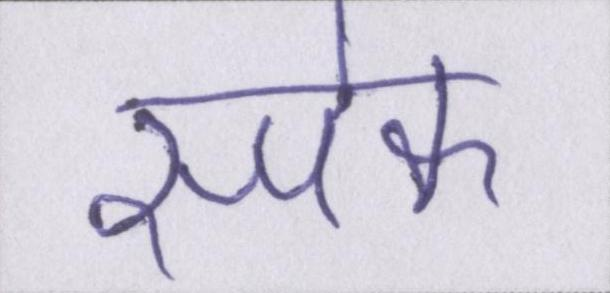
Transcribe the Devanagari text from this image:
स्पेक